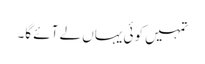
تمہیں کوئی یہاں لے آئے گا۔